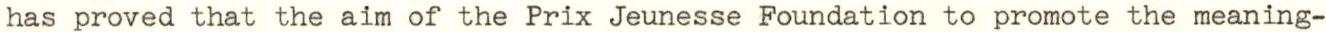
has proved that the aim of the Prix Jeunesse Foundation to promote the meaning-